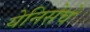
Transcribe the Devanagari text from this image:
येनिसेचे